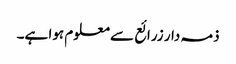
ذمہ دار زرائع سے معلوم ہوا ہے۔